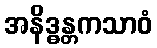
အနိဒ္ဓန္တကသာဝံ